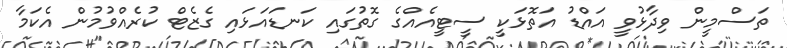
ތަސްމީން ވިދާޅުވީ އައްޑު އަތޮޅަކީ ސީޓީއެއްގެ ގޮތުގައި ކަނޑައަޅައި ގެޒެޓް ކުރެއްވުމުން އެކަމާ